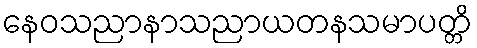
နေဝသညာနာသညာယတနသမာပတ္တိ